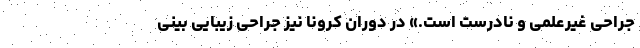
جراحی غیرعلمی و نادرست است.» در دوران کرونا نیز جراحی زیبایی بینی